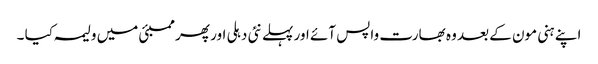
اپنے ہنی مون کے بعد وہ بھارت واپس آئے اور پہلے نئی دہلی اور پھر ممبئی میں ولیمہ کیا ۔